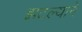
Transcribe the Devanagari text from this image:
झटल्याने